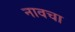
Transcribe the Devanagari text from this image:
नावचा